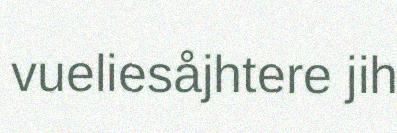
vueliesåjhtere jih